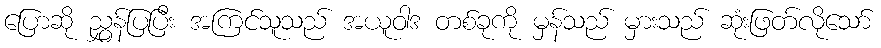
ပြောဆို ညွှန်ပြပြီး အကြင်သူသည် အယူဝါဒ တစ်ခုကို မှန်သည် မှားသည် ဆုံးဖြတ်လိုသော်